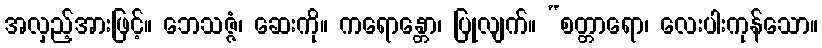
အလှည့်အားဖြင့်။ ဘေသဇ္ဇံ၊ ဆေးကို။ ကရောန္တော၊ ပြုလျက်။ “စတ္တာရော၊ လေးပါးကုန်သော။